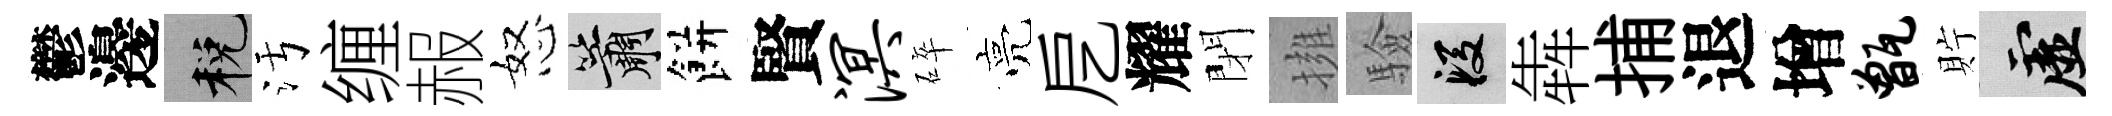
鬱邊税污缠赧怒簫餅賢溟碎亮戹耀閉擁驗段犇捕退增甑貯虚